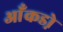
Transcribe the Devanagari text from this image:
आँकडो़